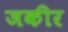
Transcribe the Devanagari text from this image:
जकीर